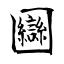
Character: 圝